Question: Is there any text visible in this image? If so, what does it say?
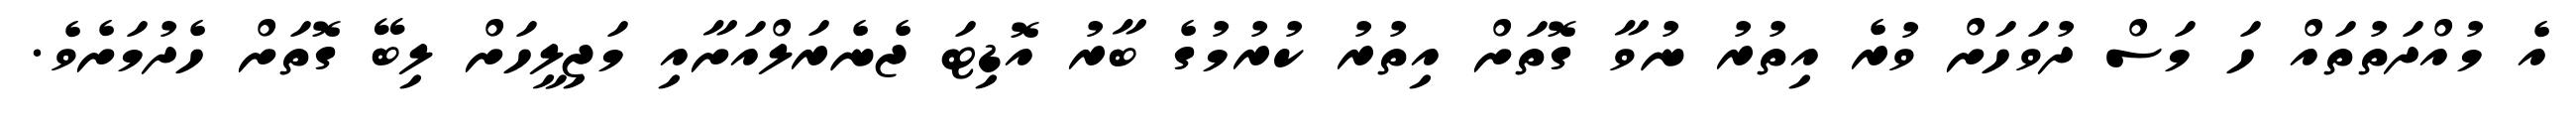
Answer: އެ މުއްދަތުތައް ހަ މަސް ދުވަހަށް ވުރެ އިތުރު ނުވާ ގޮތަށް އިތުރު ކުރުމުގެ ބާރު އޮޑިޓަ ޖެނެރަލްއަށާއި މަޖިލީހަށް ލިބޭ ގޮތަށް ހެދުމަށެވެ.